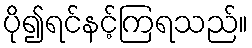
ပို၍ရင်နင့်ကြရသည်။